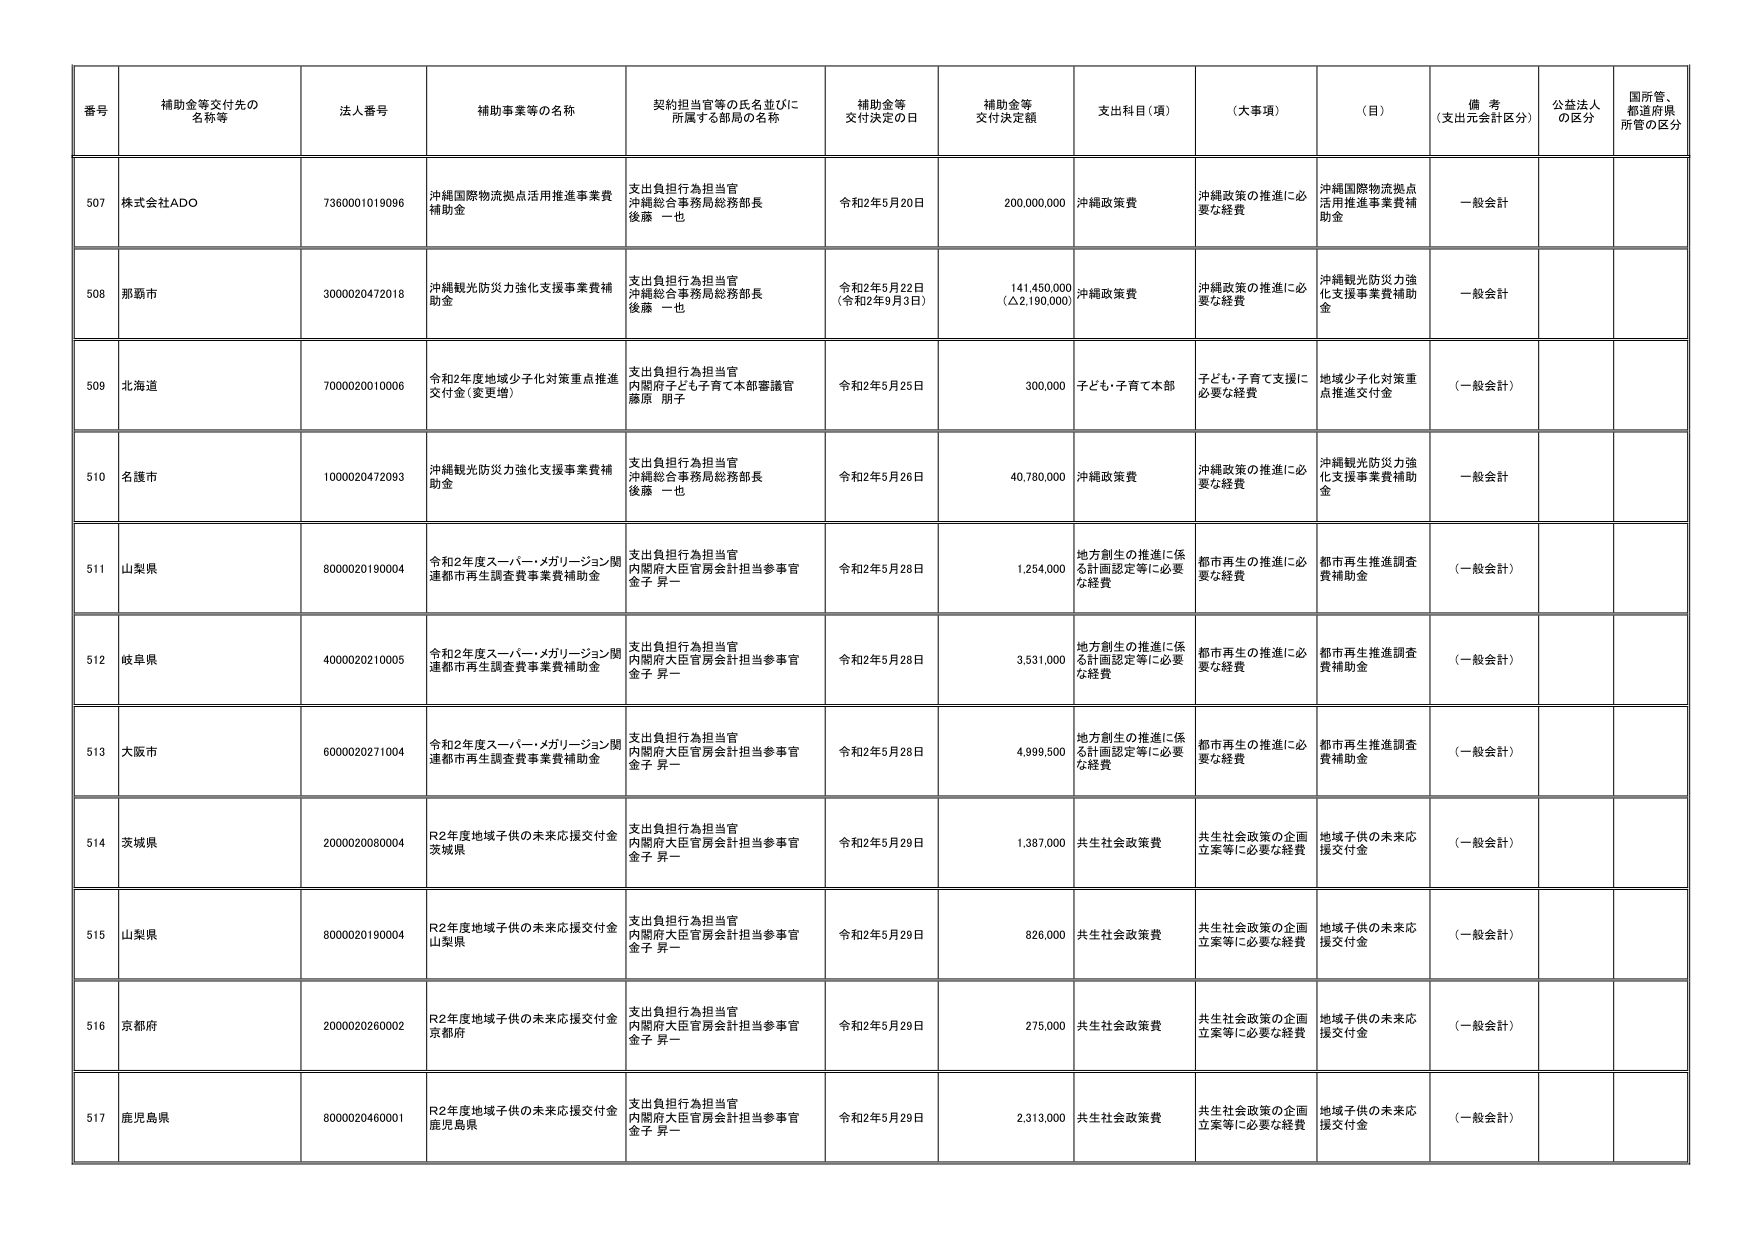
番号 補助金等交付先の名称等 法人番号 補助事業等の名称 契約担当官等の氏名並びに所属する部局の名称 補助金等交付決定の日 補助金等交付決定額 支出科目（項） （大事項） （目） 備考（支出元会計区分） 公益法人の区分 国所管、都道府県所管の区分

507 株式会社ADO 7360001019096 沖縄国際物流拠点活用推進事業費補助金 支出負担行為担当官 沖縄総合事務局総務部長 後藤 一也 令和2年5月20日 200,000,000 沖縄政策費 沖縄政策の推進に必要な経費 沖縄国際物流拠点活用推進事業費補助金 一般会計

508 那覇市 3000020472018 沖縄観光防災力強化支援事業費補助金 支出負担行為担当官 沖縄総合事務局総務部長 後藤 一也 令和2年5月22日 （令和2年9月3日） 141,450,000 （△2,190,000） 沖縄政策費 沖縄政策の推進に必要な経費 沖縄観光防災力強化支援事業費補助金 一般会計

509 北海道 7000020010006 令和2年度地域少子化対策重点推進交付金（変更増） 支出負担行為担当官 内閣府子ども子育て本部審議官 藤原 朋子 令和2年5月25日 300,000 子ども・子育て本部 子ども・子育て支援に必要な経費 地域少子化対策重点推進交付金 （一般会計）

510 名護市 1000020472093 沖縄観光防災力強化支援事業費補助金 支出負担行為担当官 沖縄総合事務局総務部長 後藤 一也 令和2年5月26日 40,780,000 沖縄政策費 沖縄政策の推進に必要な経費 沖縄観光防災力強化支援事業費補助金 一般会計

511 山梨県 8000020190004 令和2年度スーパー・メガリージョン関連都市再生調査費事業費補助金 支出負担行為担当官 内閣府大臣官房会計担当参事官 金子 昇一 令和2年5月28日 1,254,000 地方創生の推進に係る計画認定等に必要な経費 都市再生の推進に必要な経費 都市再生推進調査費補助金 （一般会計）

512 岐阜県 4000020210005 令和2年度スーパー・メガリージョン関連都市再生調査費事業費補助金 支出負担行為担当官 内閣府大臣官房会計担当参事官 金子 昇一 令和2年5月28日 3,531,000 地方創生の推進に係る計画認定等に必要な経費 都市再生の推進に必要な経費 都市再生推進調査費補助金 （一般会計）

513 大阪市 6000020271004 令和2年度スーパー・メガリージョン関連都市再生調査費事業費補助金 支出負担行為担当官 内閣府大臣官房会計担当参事官 金子 昇一 令和2年5月28日 4,999,500 地方創生の推進に係る計画認定等に必要な経費 都市再生の推進に必要な経費 都市再生推進調査費補助金 （一般会計）

514 茨城県 2000020080004 R2年度地域子供の未来応援交付金 茨城県 支出負担行為担当官 内閣府大臣官房会計担当参事官 金子 昇一 令和2年5月29日 1,387,000 共生社会政策費 共生社会政策の企画立案等に必要な経費 地域子供の未来応援交付金 （一般会計）

515 山梨県 8000020190004 R2年度地域子供の未来応援交付金 山梨県 支出負担行為担当官 内閣府大臣官房会計担当参事官 金子 昇一 令和2年5月29日 826,000 共生社会政策費 共生社会政策の企画立案等に必要な経費 地域子供の未来応援交付金 （一般会計）

516 京都府 2000020260002 R2年度地域子供の未来応援交付金 京都府 支出負担行為担当官 内閣府大臣官房会計担当参事官 金子 昇一 令和2年5月29日 275,000 共生社会政策費 共生社会政策の企画立案等に必要な経費 地域子供の未来応援交付金 （一般会計）

517 鹿児島県 8000020460001 R2年度地域子供の未来応援交付金 鹿児島県 支出負担行為担当官 内閣府大臣官房会計担当参事官 金子 昇一 令和2年5月29日 2,313,000 共生社会政策費 共生社会政策の企画立案等に必要な経費 地域子供の未来応援交付金 （一般会計）